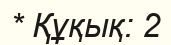
* Құқық: 2